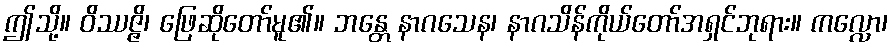
ဤသို့။ ဝိဿဇ္ဇိ၊ ဖြေဆိုတော်မူ၏။ ဘန္တေ နာဂသေန၊ နာဂသိန်ကိုယ်တော်အရှင်ဘုရား။ ကလ္လော၊